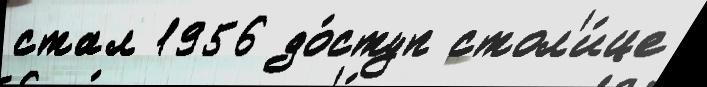
стал 1956 до́ступ стол'и́це